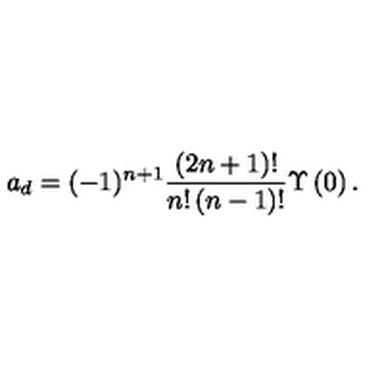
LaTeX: { a _ { d } } = ( - 1 ) ^ { n + 1 } \frac { ( 2 n + 1 ) ! } { { n } ! \left( n - 1 \right) ! } \Upsilon \left( 0 \right) .